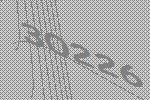
30226